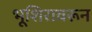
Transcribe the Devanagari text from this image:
भूशिरावरून